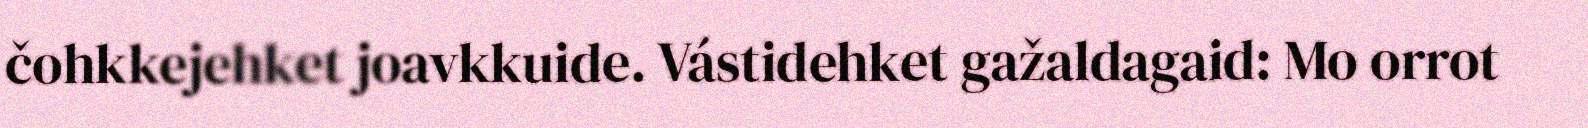
čohkkejehket joavkkuide. Vástidehket gažaldagaid: Mo orrot